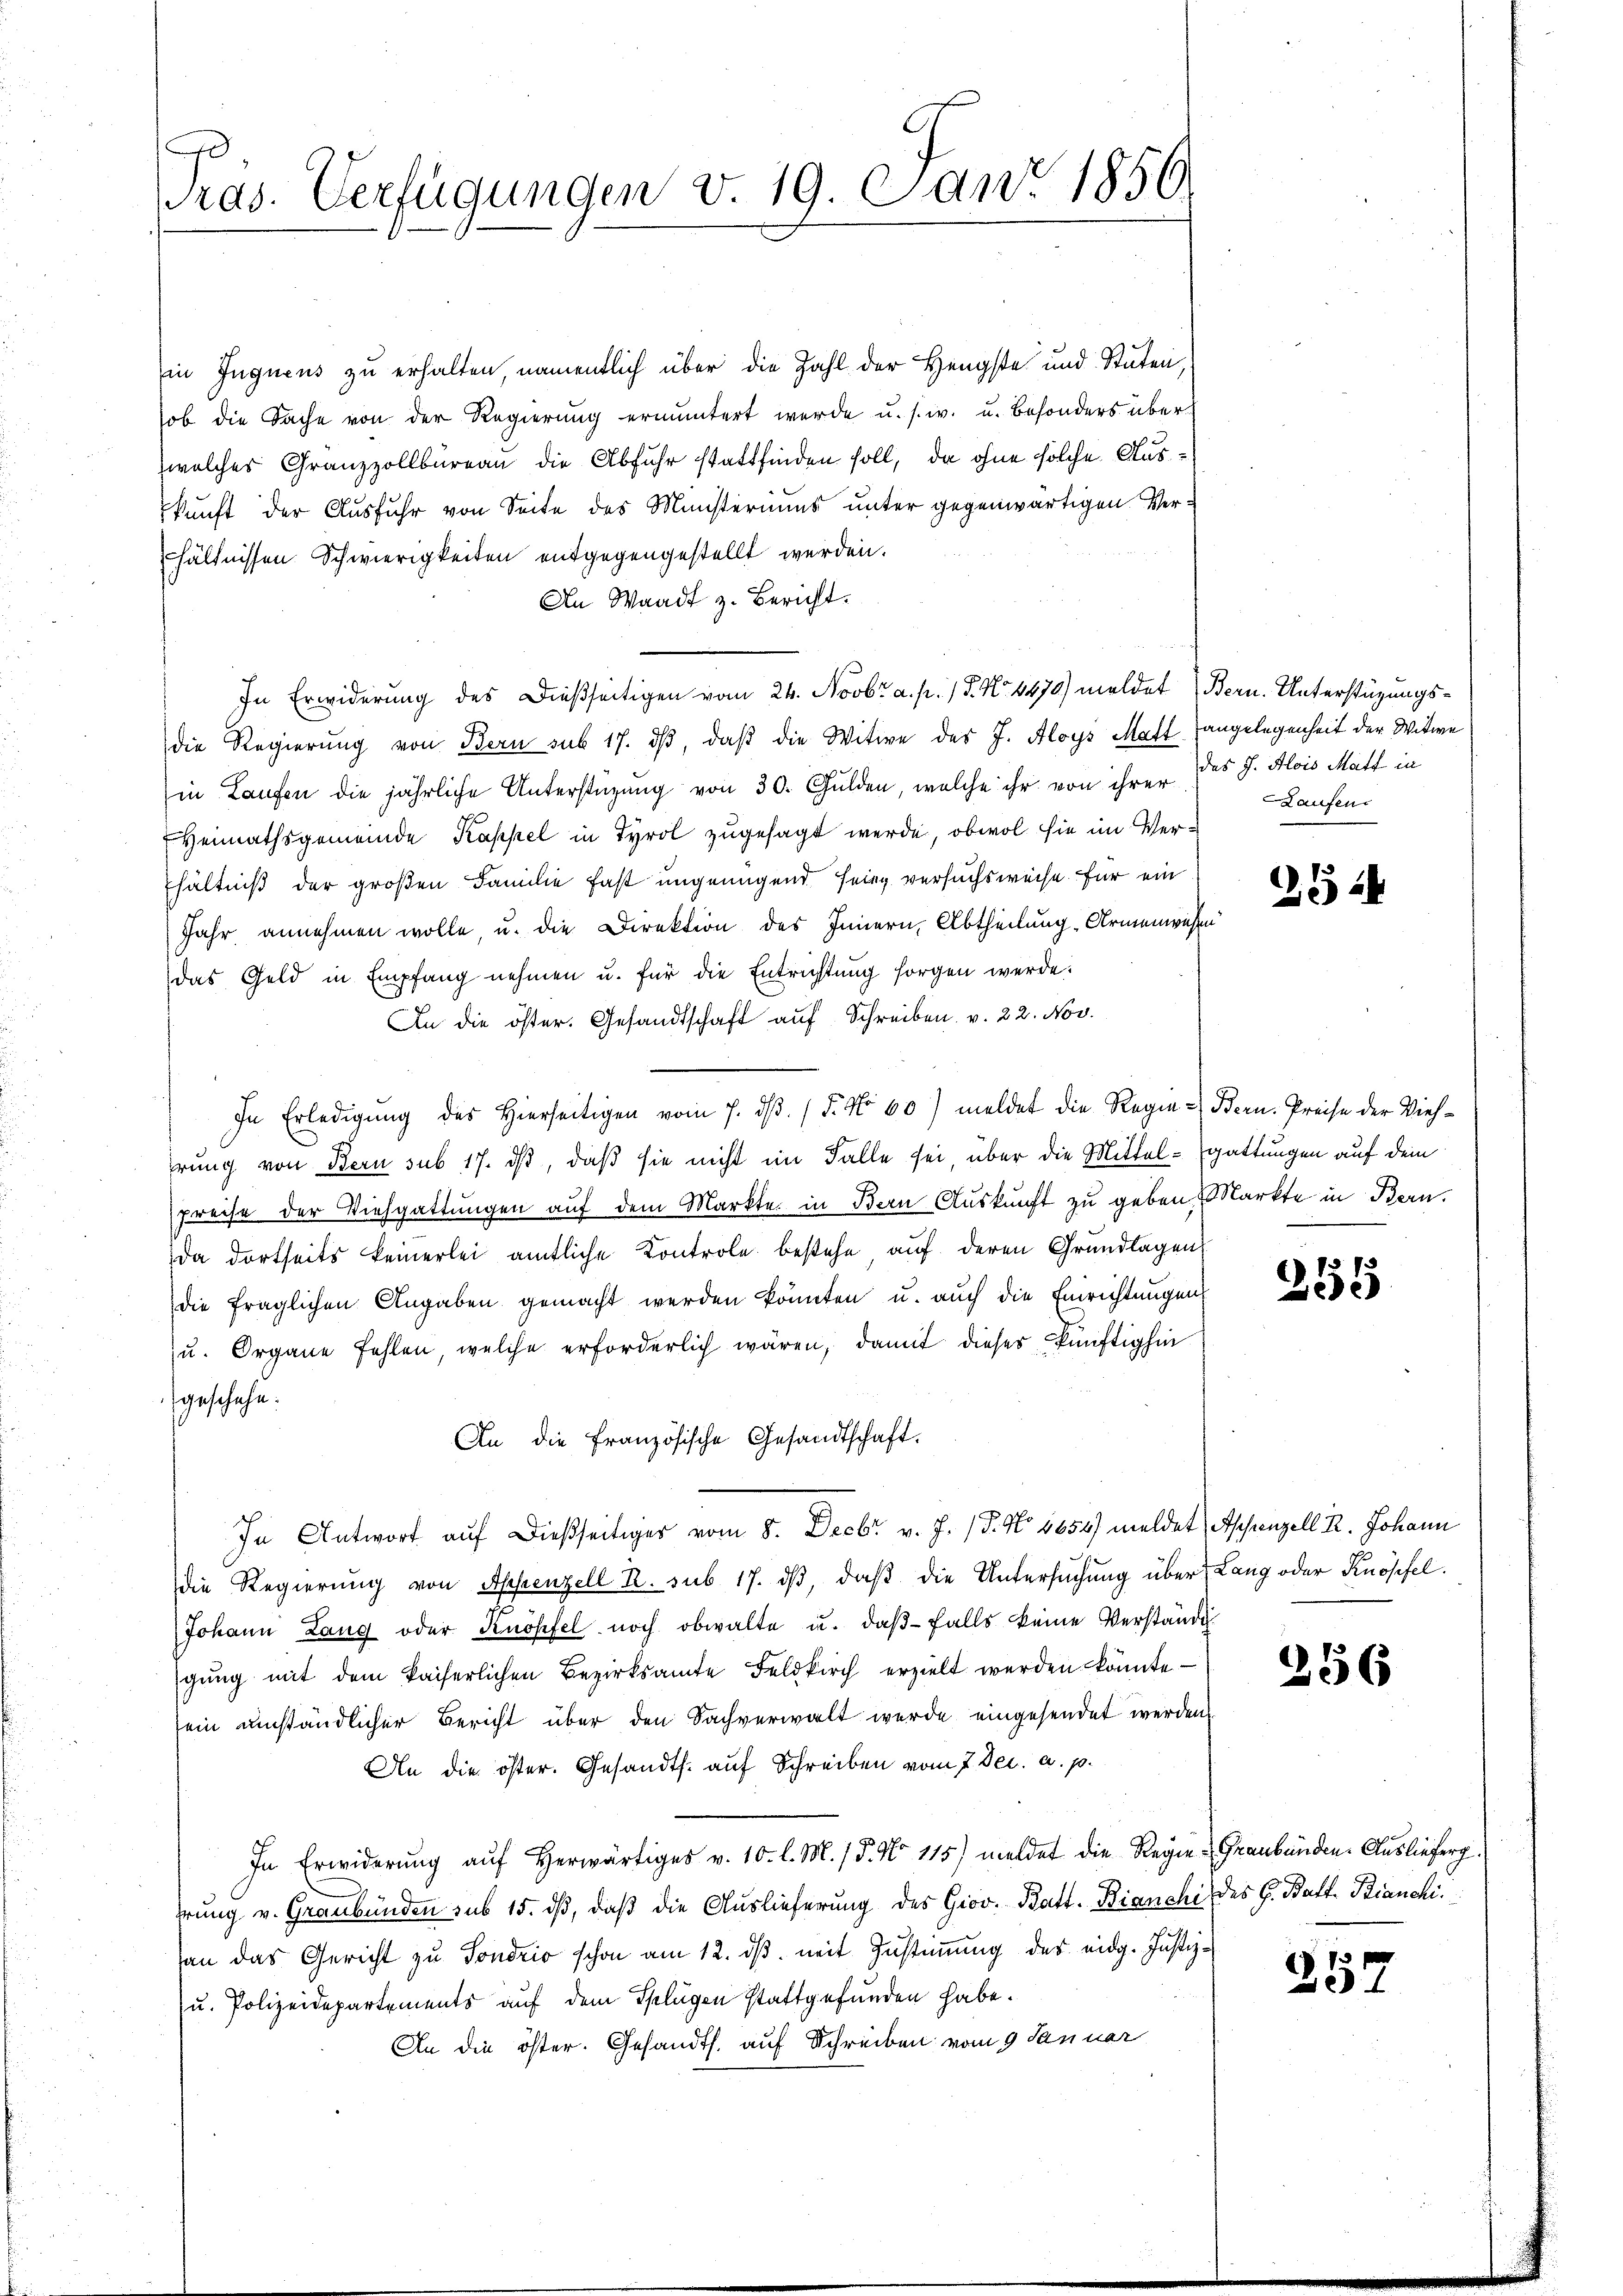
Tras. Verfügungen v. 19. Janr. 1856.

in Juguens zu erhalten, namentlich über die Zahl der Hengste und Stuten,
ob die Sache von der Regierŭng ermuntert werde u. s. w. u. besonders über
welches Granzzollbüreau die Abfuhr stattfinden soll, da ohne solche Auskunft der Ausfuhr von Seite des Ministeriums unter gegenwärtigen Verhältnissen Schwierigkeiten entgegengestellt werden.
An Waadt z. Bericht.
In Erwiderung des dießseitigen vom 24. Novbr. a. p. / 5. No. 4470) meldet (Bern. Unterstüzungsdie Regierung von Bern sub 17. dβ, daß die Witwe des J. Aloys Matt angelegenheit der Witwe
in Laufen die jährliche Unterstüzung von 30. Gulden, welche ihr von ihrer des J. Alois Matt in
Heimathsgemeinde Kappel in Tyrol zugesagt werde, obwol sie im Verhältniß der großen Familie fast ungenügend Feing versuchsweise für ein
Jahr annehmen wolle u. die Direktion des Innern, Abtheilung Armenwesen
das Geld in Empfang nehmen u. für die Entrichtung sorgen werde:
An die öster. Gesandtschaft auf Schreiben. v. 22. Nov.
In Erledigŭng des hierseitigen vom 7. dβ. / 5. No 60) meldet die Regie-Bern. Preise der Viehhrung von Bern sub 17. dβ, daß sie nicht im Falle sei, über die Mittel-gattungen auf dem
preise der Viehgattungen auf dem Markte in Bern Auskunft zu geben, Markte in Bern.
da dortseits keinerlei amtliche Kontrole bestehe auf deren Grundlagen,
die fraglichen Angaben gemacht werden könnten u. aŭch die Einrichtungen
u. Organe fehlen, welche erforderlich wären, damit dieses künftighin
geschehe.
An die französische Gesandtschaft.
In Antwort auf dießseitiger vom 8. Decbr v. J. 18. No 1654) meldet Aschenzell 2. Johann
die Regierung von Appenzell R. sub 17. dβ, daß die Untersuchung über Lang oder Knöpfel.
Johann Lang oder Knöpfel noch obwalte u. daβ falls keine Verständi
gung mit dem kaiserlichen Bezirksamte Feldkirch erzielt werden könnte
sein umständlicher Bericht über den Sachverwalt werde eingesendet werden.
An die öster. Gesandts. auf Schreiben vom 7. Dec. a. p.
In Erwiderŭng aŭf herwärtiges v. 10. l. M. / 5. No 115) meldet die Regie-Graubünden Auslieferg
hrung v. Graubünden sub 15. dß, daß die Auslieferung des Giov. Batt. Bianchi des H. Batt. Bianche
san das Gericht zu Sondrio schon am 12. ds. mit Zustimmung des eidg. Justiz-
u. Polizeidepartements auf dem Splügen stattgefunden habe.
An die öster. Gesandth. auf Schreiben vom 9 Januar

Laufen

54

1
2

256

257